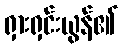
ရှားရှင်းယွန်၏